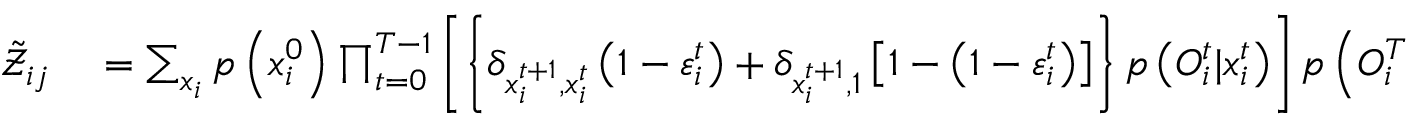
\begin{array} { r l } { \tilde { \mathcal { Z } } _ { i j } } & { { } = \sum _ { \boldsymbol { x } _ { i } } { p \left( x _ { i } ^ { 0 } \right) } \prod _ { t = 0 } ^ { T - 1 } \left[ \left\{ \delta _ { x _ { i } ^ { t + 1 } , x _ { i } ^ { t } } \left( 1 - \varepsilon _ { i } ^ { t } \right) + \delta _ { x _ { i } ^ { t + 1 } , 1 } \left[ 1 - \left( 1 - \varepsilon _ { i } ^ { t } \right) \right] \right\} p \left( { O } _ { i } ^ { t } | x _ { i } ^ { t } \right) \right] p \left( { O } _ { i } ^ { T } \mid x _ { i } ^ { T } \right) , } \end{array}